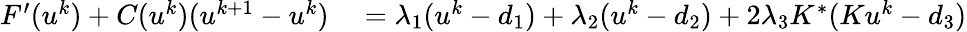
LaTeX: \begin{array}{rl}{F^{\prime}(u^{k})+C(u^{k})(u^{k+1}-u^{k})}&{{}=\lambda_{1}(u^{k}-d_{1})+\lambda_{2}(u^{k}-d_{2})+2\lambda_{3}K^{*}(Ku^{k}-d_{3})}\end{array}